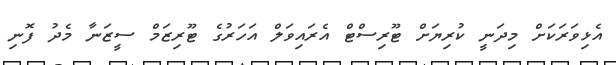
އެޅިވަރަކަށް މިދަނީ ކުރިޔަށް ޓޫރިސްޓް އެރައިވަލް އަހަރުގެ ޓޫރިޒަމް ސީޒަނާ މެދު ފޮނި